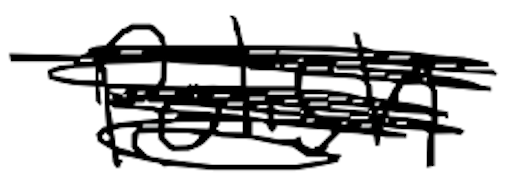
Text: Polish
Cross-out: scratch
Writing tool: digital_black